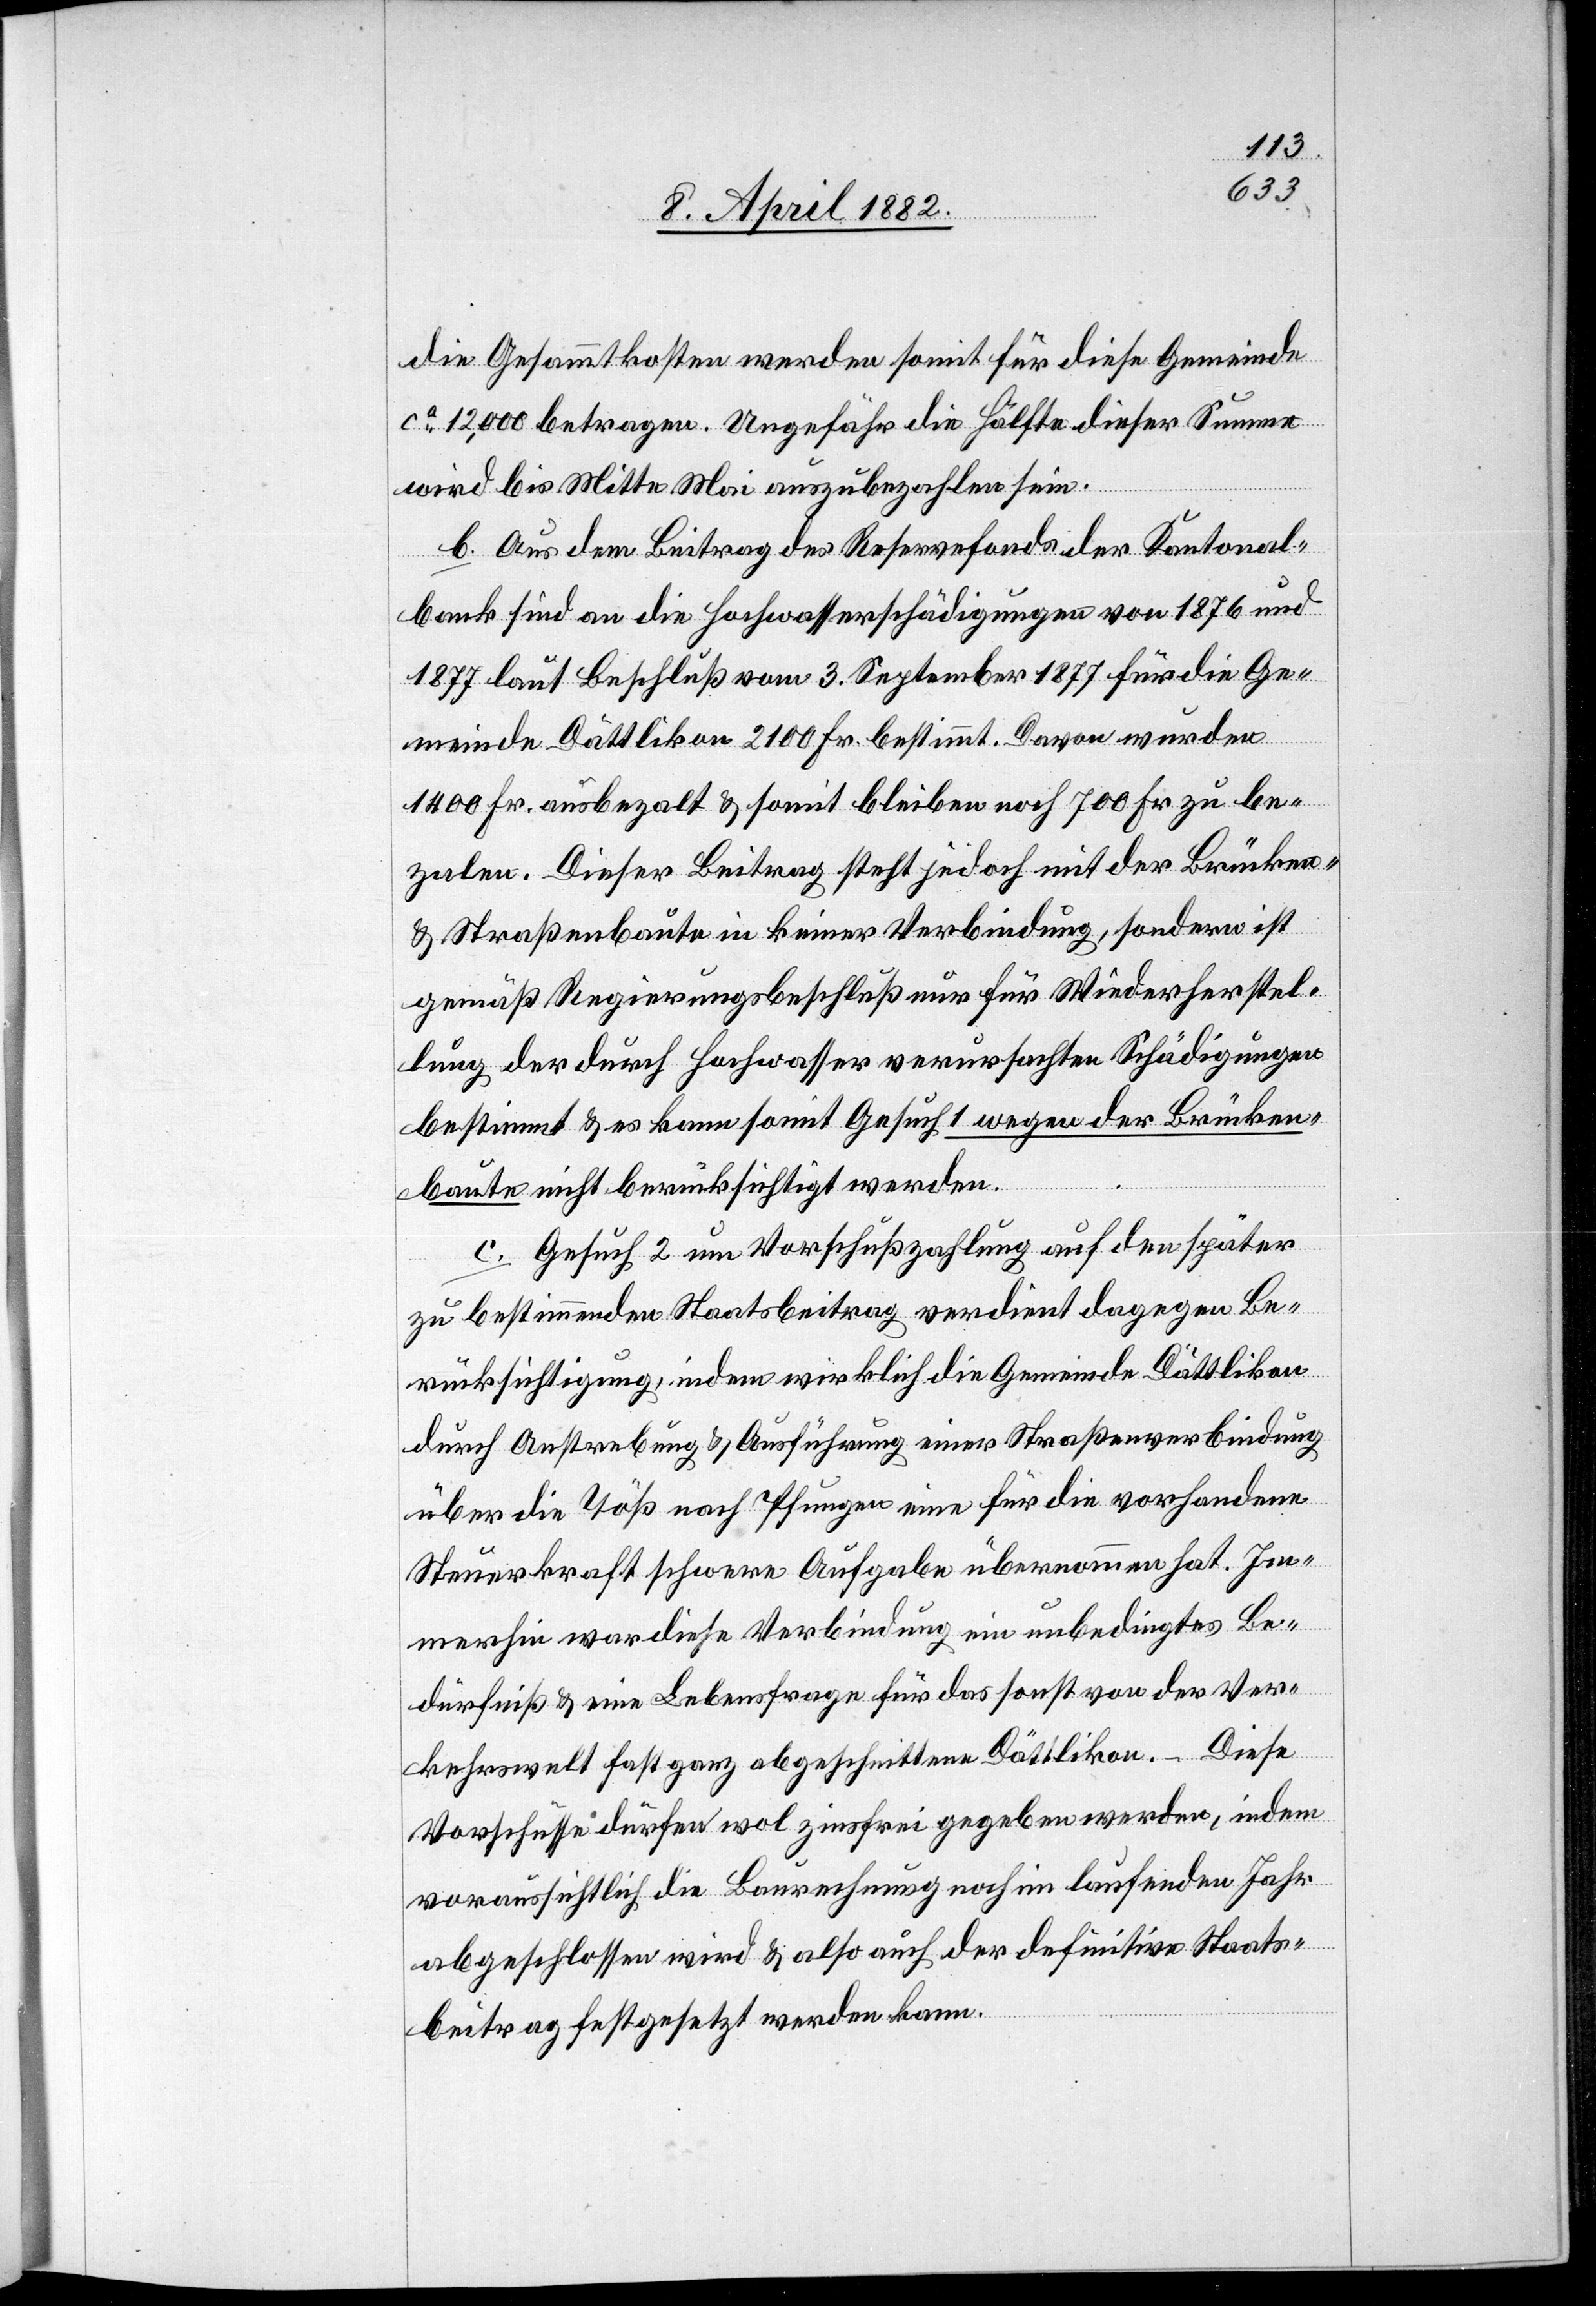
die Gesammtkosten werden somit für diese Gemeinde
ca 12,000 betragen. Ungefähr die Hälfte dieser Summe
wird bis Mitte Mai auszubezahlen sein.
b. Aus dem Beitrag des Reservefonds der Kantonal¬
bank sind an die Hochwasserschädigungen von 1876 und
1877 laut Beschluß vom 3. September 1877 für die Ge¬
meinde Dättlikon 2100 Fr. bestimmt. Davon wurden
1400 Fr. ausbezalt & somit bleiben noch 700 Fr. zu be¬
zalen. Dieser Beitrag steht jedoch mit der Brücken-
& Straßenbaute in keiner Verbindung, sondern ist
gemäß Regierungsbeschluß nur für Wiederherstel¬
lung der durch Hochwasser verursachten Schädigungen
bestimmt & es kann somit Gesuch 1 wegen der Brücken¬
baute nicht berücksichtigt werden.
c. Gesuch 2 um Vorschußzahlung auf den später
zu bestimmenden Staatsbeitrag verdient dagegen Be¬
rücksichtigung, indem wirklich die Gemeinde Dättlikon
durch Anstrebung & Ausführung einer Straßenverbindung
über die Töß nach Pfungen eine für die vorhandene
Steuerkraft schwere Aufgabe übernommen hat. Im¬
merhin war diese Verbindung ein unbedingtes Be¬
dürfniß & eine Lebensfrage für das sonst von der Ver¬
–
Diese
kehrswelt fast ganz abgeschnittene Dättlikon.
Vorschüsse dürfen wol zinsfrei gegeben werden, indem
voraussichtlich die Baurechnung noch im laufenden Jahr
abgeschlossen wird & also auch der definitive Staats¬
beitrag festgesetzt werden kann.